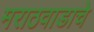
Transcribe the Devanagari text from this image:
मराठवाडाचे